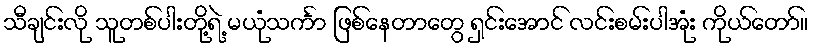
သီချင်းလို သူတစ်ပါးတို့ရဲ့ မယုံသင်္ကာ ဖြစ်နေတာတွေ ရှင်းအောင် လင်းစမ်းပါအုံး ကိုယ်တော်။